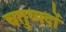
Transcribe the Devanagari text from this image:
चतुष्पदों